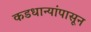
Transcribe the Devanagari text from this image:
कडधान्यांपासून